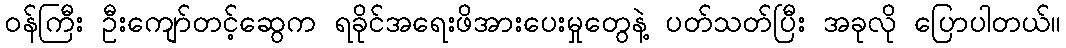
၀န်ကြီး ဦးကျော်တင့်ဆွေက ရခိုင်အရေးဖိအားပေးမှုတွေနဲ့ ပတ်သတ်ပြီး အခုလို ပြောပါတယ်။